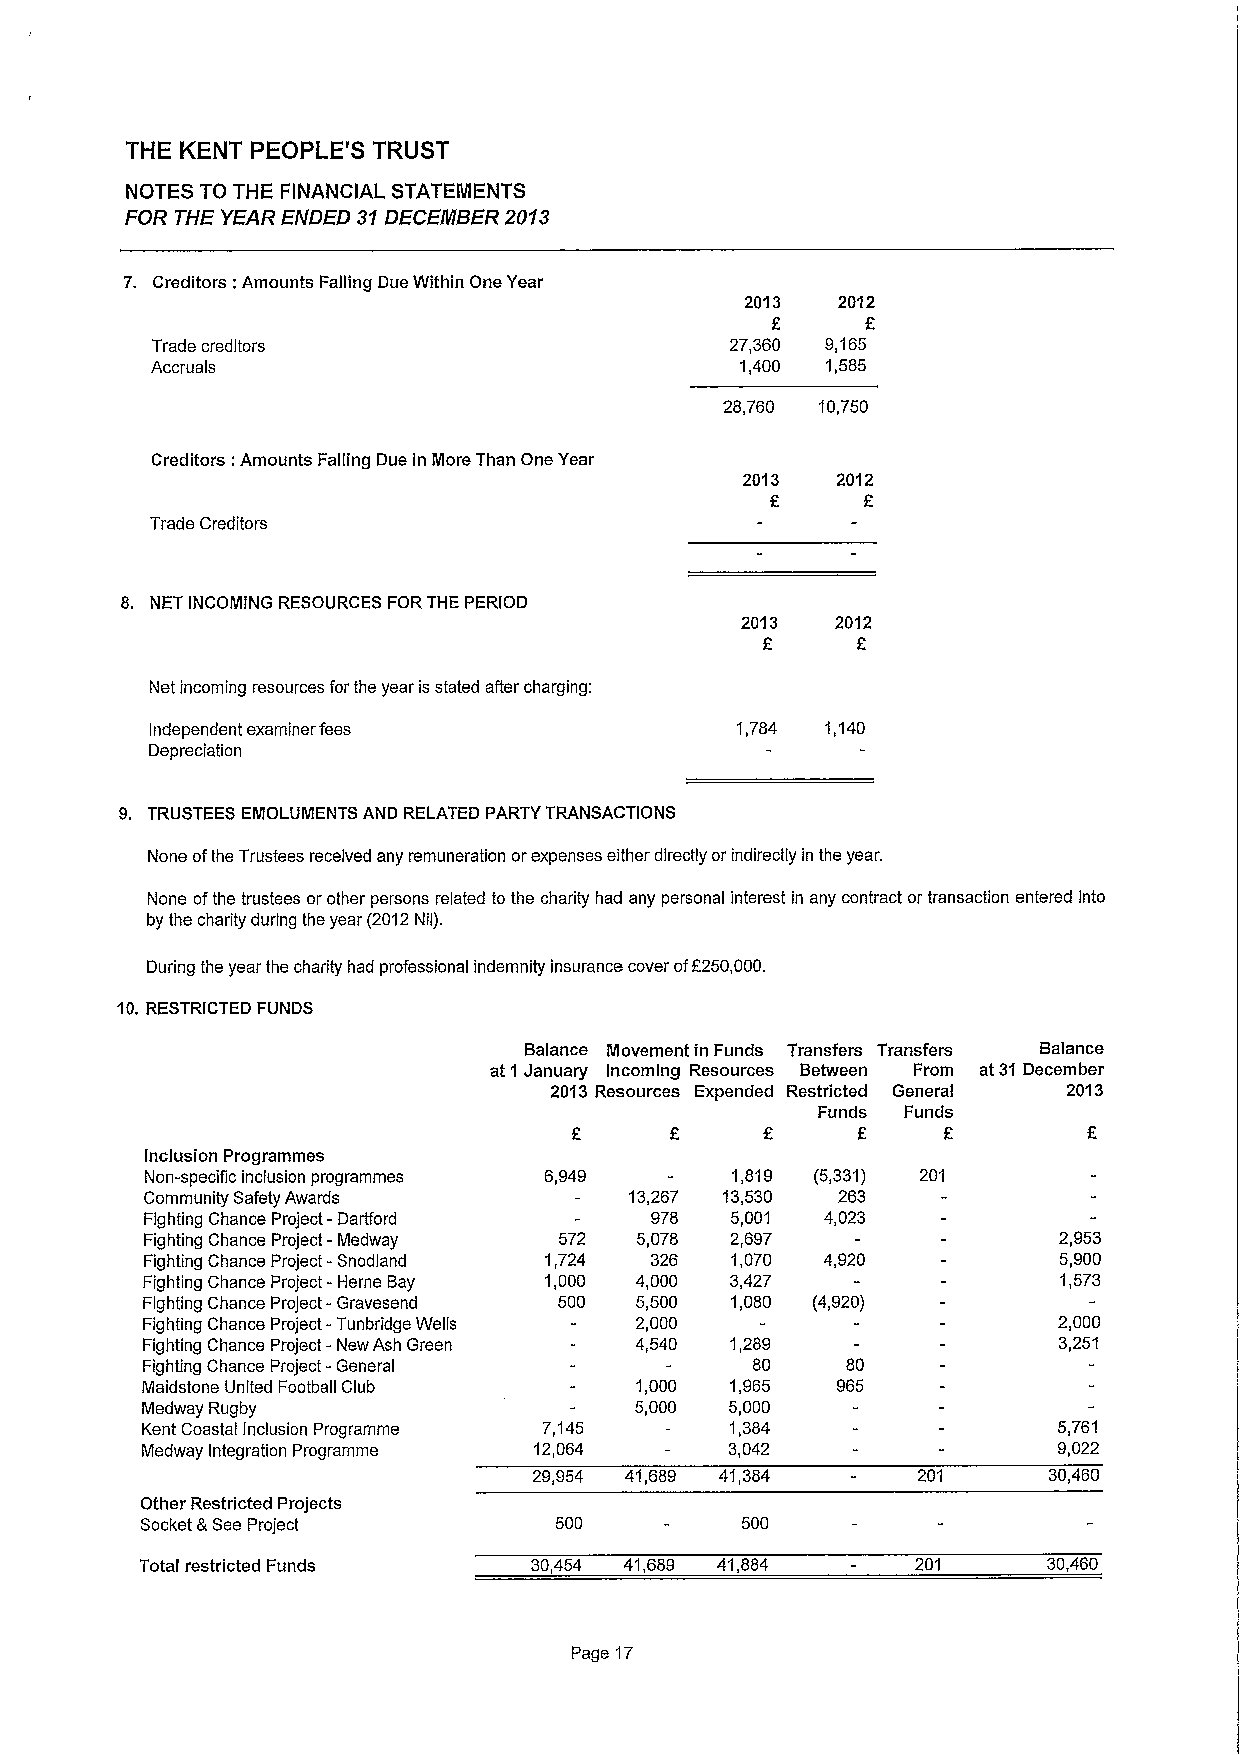
THE KENT PEOPLE'S TRUST
 NOTES TO THE FINANCIAL STATEMENTS
 FOR THE YEAR ENDED 31DECEMBER 2013
 7. Creditors: Amounts Falling Due Within One Year
 2013  2012
 Trade creditors                       27,360 9,165
 Accruals                               1,400 1,585
 28,760 10,750
 Creditors: Amounts Falling Due in More Than One Year
 2013  2012
 F
 Trade Creditors
 8. NET INCOMING RESOURCES FORTHE PERIOD
 2013  2012
 F
 Net incoming resources forthe year is stated after charging:
 Independent examiner fees              1,784 1,140
 Depreciation
 9. TRUSTEES EMOLUMENTS AND RELATED PARTY TRANSACTIONS
 None ofthe Trustees received any remuneration orexpenses either directly or indirectly in the year.
 None ofthe trustees or other persons related to the charity had any personal interest in any contract or transaction entered into
 by the charity during the year (2012Nil).
 During the year the charity had professional indemnity insurance cover ofF250,000.
 10.RESTRICTED FUNDS
 Balance Movement in Funds Transfers Transfers Balance
 at 1January Incoming Resources Between From at 31December
 2013 Resources Expended Restricted General 2013
 Funds Funds
 f
 inclusion Programmes
 Non-specific inclusion programmes 6,949 1,819 (5,331) 201
 Community Safety Awards         13,267 13,530 263
 Fighting Chance Project- Dartford 978 5,001 4,023
 Fighting Chance Project- Medway 572 5,078 2,697             2,953
 Fighting Chance Project -Snodland 1,724 326 1,070 4,920     5,900
 Fighting Chance Project -Heme Bay 1,000 4,000 3,427          1,573
 Fighting Chance Project -Gravesend 500 5,500 1,080 (4,920)
 Fighting Chance Project- Tunbridge Wells 2,000               2,000
 Fighting Chance Project - New Ash Green 4,540 1,289          3,251
 Fighting Chance Project- General         80    80
 Maidstone United Football Club   1,000 1,965  965
 Medway Rugby                     5,000 5,000
 Kent Coastal Inclusion Programme 7,145 1,384                 5,761
 Medway Integration Programme 12,064    3,042                 9,022
 29,954 41,689 41,384      201     30,460
 Other Restricted Projects
 Socket &SeeProject          500         500
 Total restricted Funds    30,454 41,689 41,884      201     30,460
 Page 17